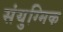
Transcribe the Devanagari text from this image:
संयुग्मिक